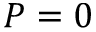
P = 0